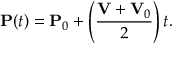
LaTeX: \mathbf { P } ( t ) = \mathbf { P } _ { 0 } + \left( { \frac { \mathbf { V } + \mathbf { V } _ { 0 } } { 2 } } \right) t .